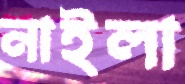
নাইলা